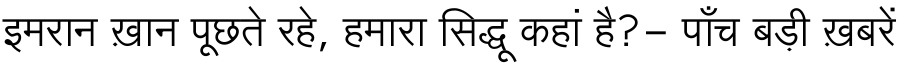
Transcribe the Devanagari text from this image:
इमरान ख़ान पूछते रहे, हमारा सिद्धू कहां है?- पाँच बड़ी ख़बरें